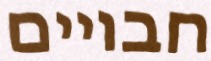
חבויים